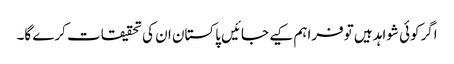
اگرکوئی شواہد ہیں توفراہم کیے جائیں پاکستان ان کی تحقیقات کرے گا۔